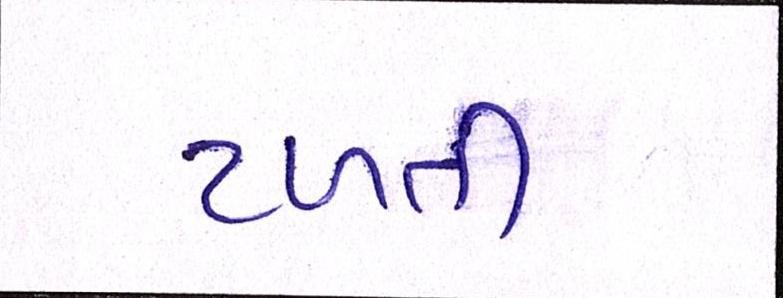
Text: ટળતી